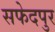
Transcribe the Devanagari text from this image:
सफेदपुर